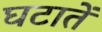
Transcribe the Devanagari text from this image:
घटातें